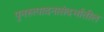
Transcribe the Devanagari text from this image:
पुनरुत्पादनासंदर्भातील